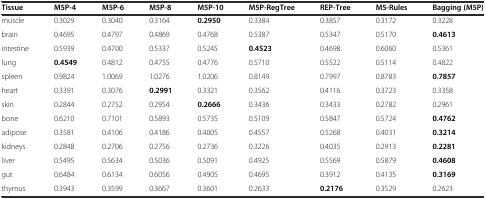
| Tissue | M5P-4 | M5P-6 | M5P-8 | M5P-10 | M5P-RegTree | REP-Tree | M5-Rules | Bagging (M5P) |
 | --- | --- | --- | --- | --- | --- | --- | --- | --- |
 | muscle | 0.3029 | 0.3040 | 0.3164 | 0.2950 | 0.3384 | 0.3857 | 0.3172 | 0.3228 |
 | brain | 0.4695 | 0.4797 | 0.4869 | 0.4768 | 0.5387 | 0.5347 | 0.5170 | 0.4613 |
 | intestine | 0.5939 | 0.4700 | 0.5337 | 0.5245 | 0.4523 | 0.4698 | 0.6060 | 0.5361 |
 | lung | 0.4549 | 0.4812 | 0.4755 | 0.4776 | 0.5710 | 0.5522 | 0.5114 | 0.4822 |
 | spleen | 0.9824 | 1.0069 | 1.0276 | 1.0206 | 0.8149 | 0.7997 | 0.8783 | 0.7857 |
 | heart | 0.3391 | 0.3076 | 0.2991 | 0.3321 | 0.3562 | 0.4116 | 0.3723 | 0.3358 |
 | skin | 0.2844 | 0.2752 | 0.2954 | 0.2666 | 0.3436 | 0.3433 | 0.2782 | 0.2961 |
 | bone | 0.6210 | 0.7101 | 0.5893 | 0.5735 | 0.5109 | 0.5847 | 0.5724 | 0.4762 |
 | adipose | 0.3581 | 0.4106 | 0.4186 | 0.4005 | 0.4557 | 0.5268 | 0.4031 | 0.3214 |
 | kidneys | 0.2848 | 0.2706 | 0.2756 | 0.2736 | 0.3226 | 0.4035 | 0.2913 | 0.2281 |
 | liver | 0.5495 | 0.5634 | 0.5036 | 0.5091 | 0.4925 | 0.5569 | 0.5879 | 0.4608 |
 | gut | 0.6484 | 0.6134 | 0.6056 | 0.4905 | 0.4695 | 0.3912 | 0.4135 | 0.3169 |
 | thymus | 0.3943 | 0.3599 | 0.3667 | 0.3601 | 0.2633 | 0.2176 | 0.3529 | 0.2623 |